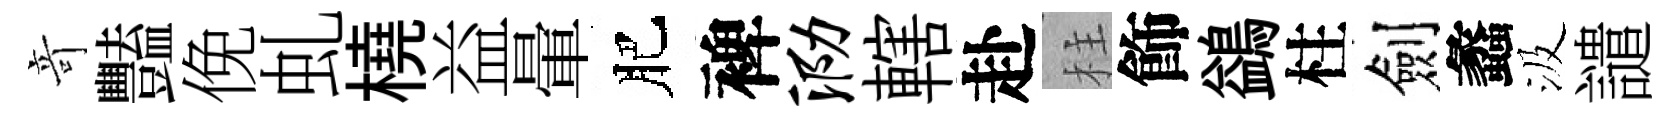
竒豔俛虬橈益暈肥裨泐轄赴柱飾鷁柱劍蠡汲譴